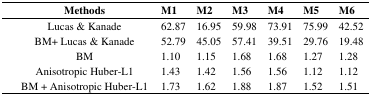
| Methods | M1 | M2 | M3 | M4 | M5 | M6 |
 | --- | --- | --- | --- | --- | --- | --- |
 | Lucas & Kanade | 62.87 | 16.95 | 59.98 | 73.91 | 75.99 | 42.52 |
 | BM+ Lucas & Kanade | 52.79 | 45.05 | 57.41 | 39.51 | 29.76 | 19.48 |
 | BM | 1.10 | 1.15 | 1.68 | 1.68 | 1.27 | 1.28 |
 | Anisotropic Huber-L1 | 1.43 | 1.42 | 1.56 | 1.56 | 1.12 | 1.12 |
 | BM + Anisotropic Huber-L1 | 1.73 | 1.62 | 1.88 | 1.87 | 1.52 | 1.51 |